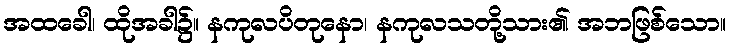
အထခေါ၊ ထိုအခါ၌။ နကုလပိတုနော၊ နကုလသတို့သား၏ အဘဖြစ်သော။